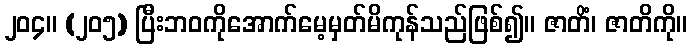
၂၀၄။ (၂၀၅) ပြီးဘဝကိုအောက်မေ့မှတ်မိကုန်သည်ဖြစ်၍။ ဇာတိံ၊ ဇာတိကို။